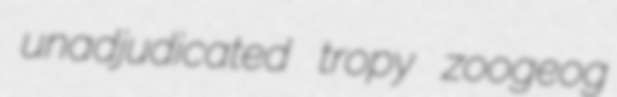
unadjudicated tropy zoogeog